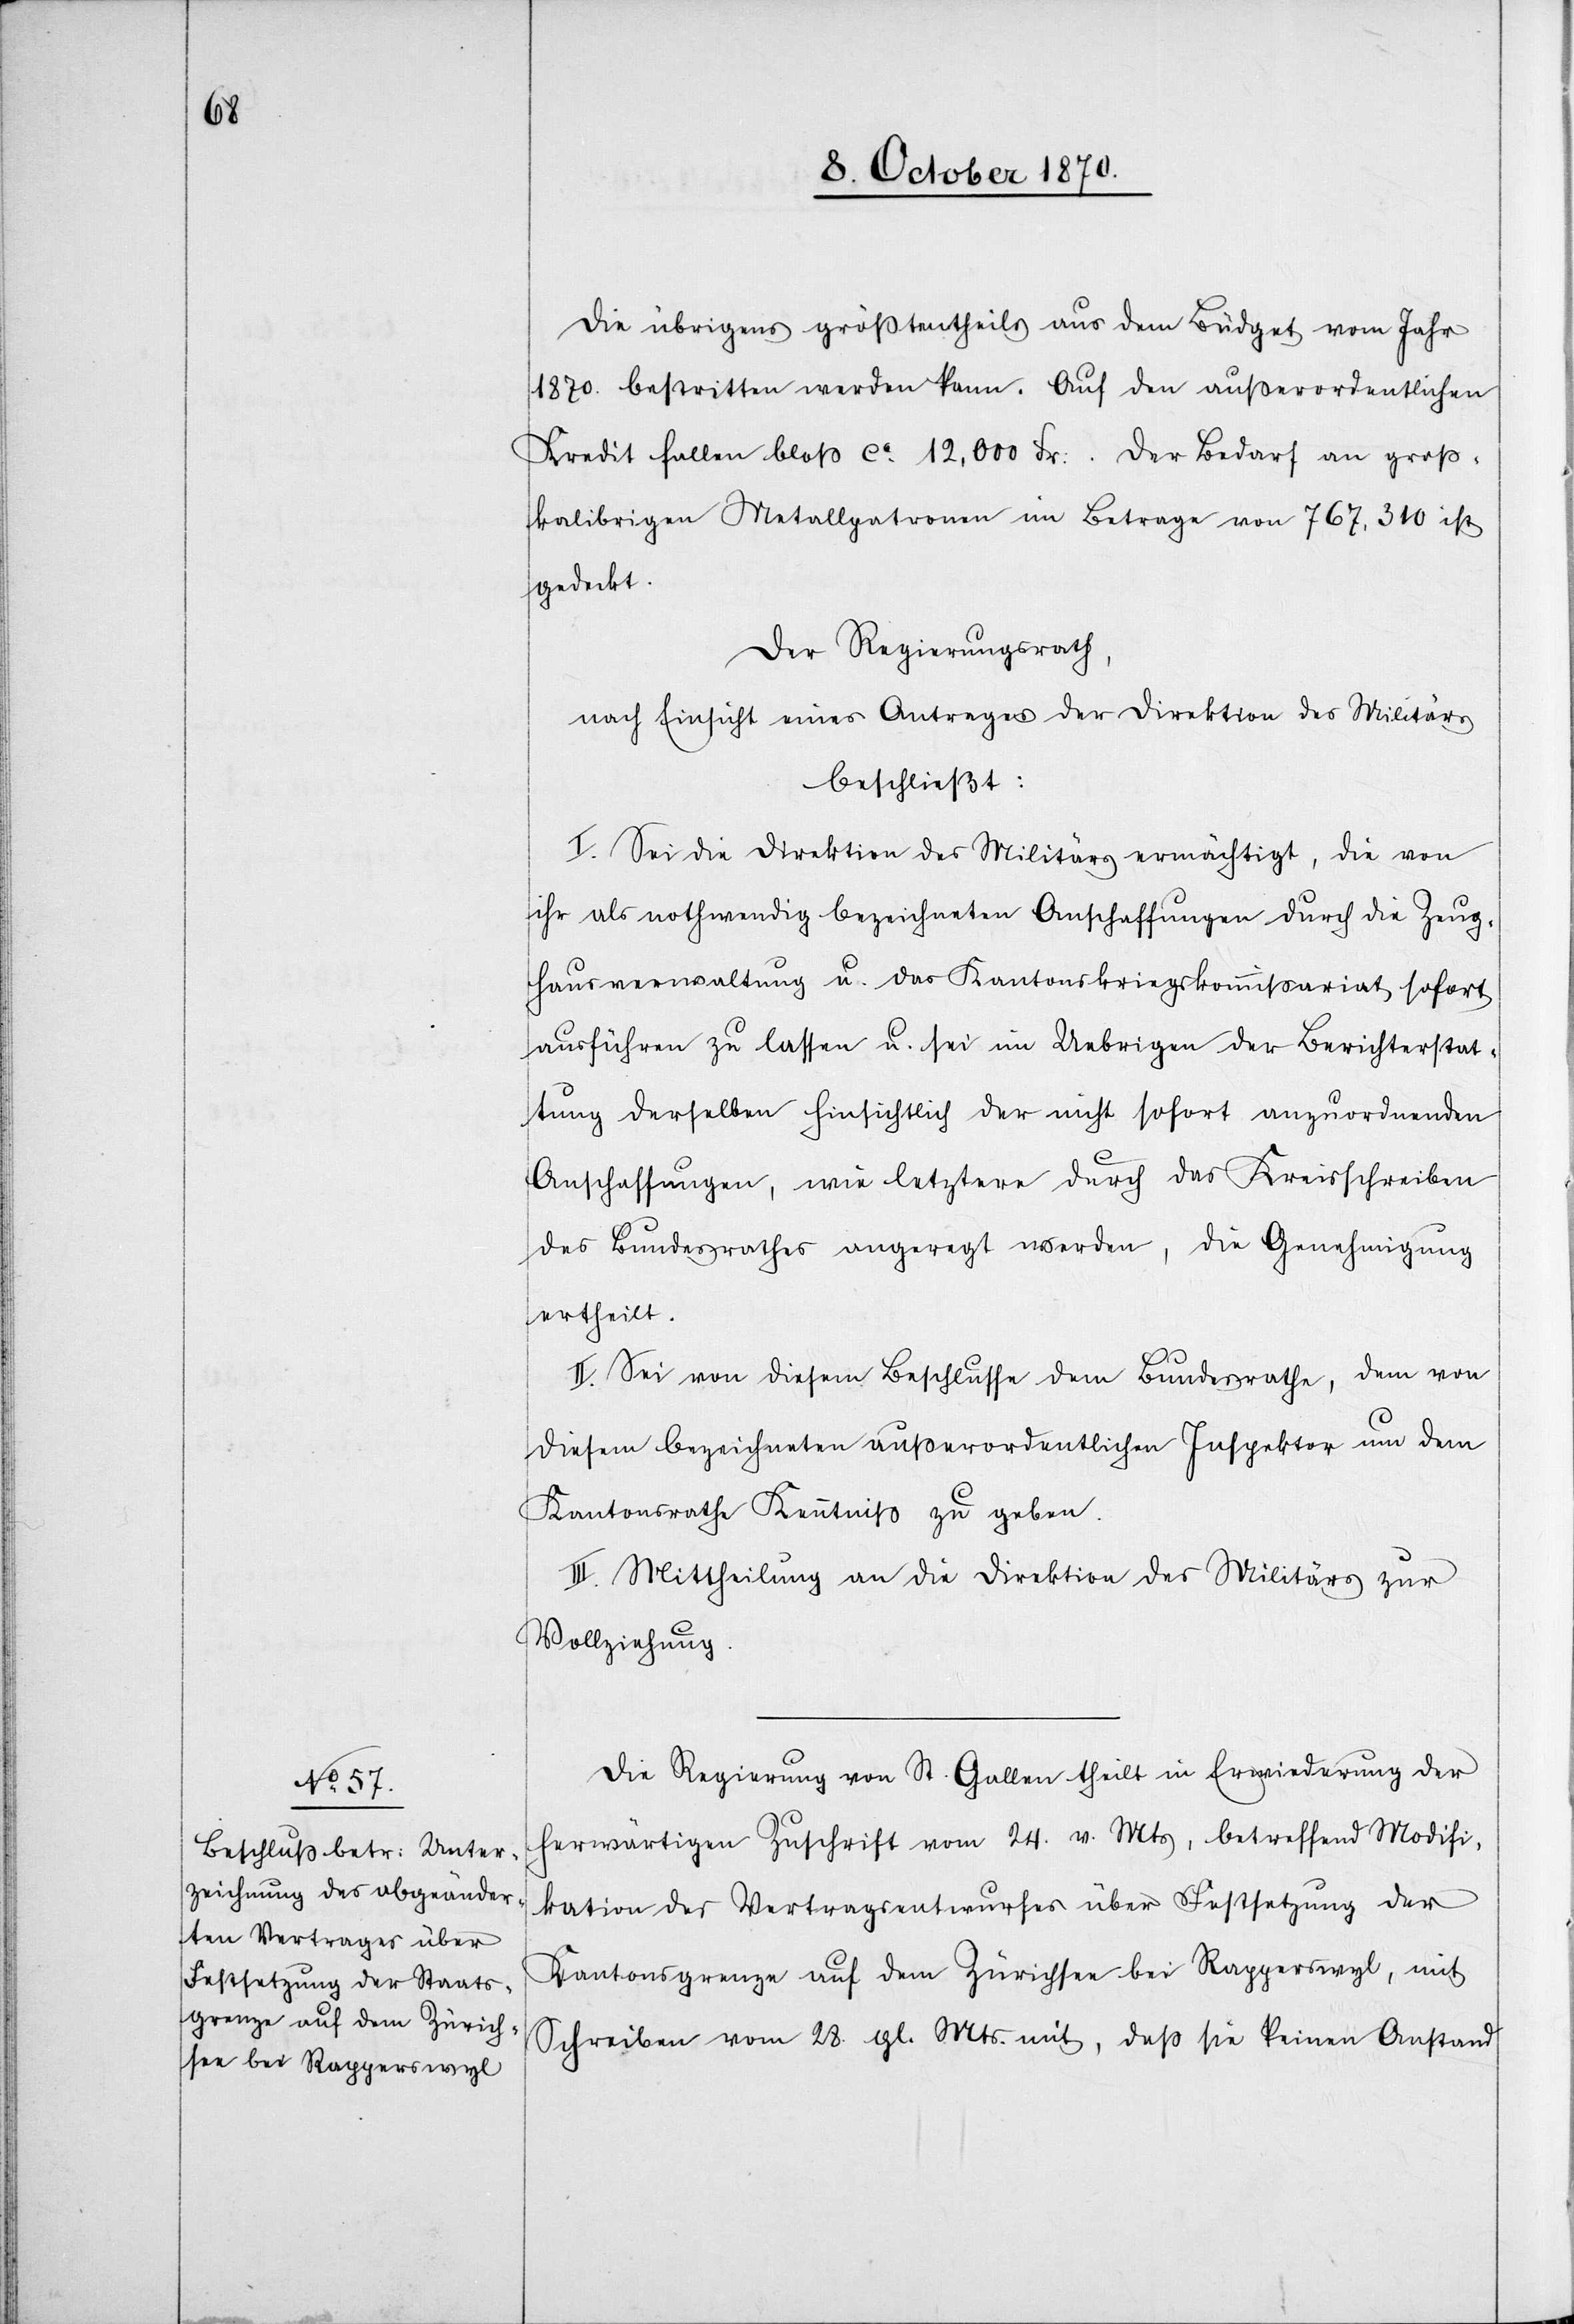
die übrigens größtentheils aus dem Büdget vom Jahr
1870. bestritten werden kann. Auf den außerordentlichen
Kredit fallen bloß ca. 12,000 Fr:. Der Bedarf an groß¬
kalibrigen Metallpatronen im Betrage von 767,310 ist
gedeckt.
Der Regierungsrath,
nach Einsicht eines Antrages der Direktion des Militärs
beschließt:
I. Sei die Direktion des Militärs ermächtigt, die von
ihr als nothwendig bezeichneten Anschaffungen durch die Zeug¬
hausverwaltung u. das Kantonskriegskommißariat sofort
ausführen zu lassen u. sei im Uebrigen der Berichterstat¬
tung derselben hinsichtlich der nicht sofort anzuordnenden
Anschaffungen, wie letztere durch das Kreisschreiben
des Bundesrathes angeregt werden, die Genehmigung
ertheilt.
II. Sei von diesem Beschlusse dem Bundesrathe, dem von
diesem bezeichneten außerordentlichen Inspektor um [recte:
Kantonsrathe Kenntniß zu geben.
III. Mittheilung an die Direktion des Militärs zur
Vollziehung.
Die Regierung von St. Gallen theilt in Erwiederung der
herwärtigen Zuschrift vom 24. v. Mts, betreffend Modifi¬
kation des Vertragsentwurfes über Festsetzung der
Kantonsgrenze auf dem Zürichsee bei Rapperswyl, mit
Schreiben vom 28. gl. Mts. mit, daß sie keinen Anstand